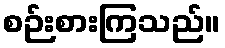
စဉ်းစားကြသည်။